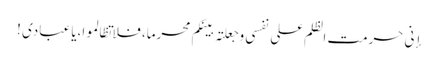
إنی حرمت الظلم علی نفسی وجعلتہ بینکم محرما، فلا تظالموا،یا عبادی !